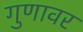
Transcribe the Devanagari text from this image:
गुणावर